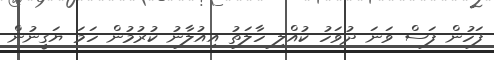
ފަހުން ފަސް ވަނަ ދުވަހު ކުއްލި ހާލަތު އިއުލާނު ކުރުމުން ހަމަ ޔަގީނުން